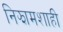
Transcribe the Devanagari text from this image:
निझामशाही